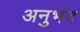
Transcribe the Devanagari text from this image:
अनुभंद